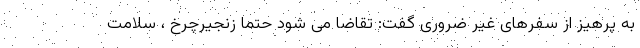
به پرهیز از سفرهای غیر ضروری گفت: تقاضا می شود حتما زنجیرچرخ ، سلامت